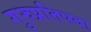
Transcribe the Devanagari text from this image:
गुरुप्रतिपदा